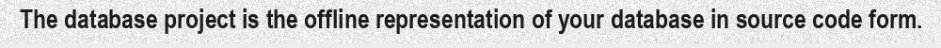
The database project is the offline representation of your database in source code form.